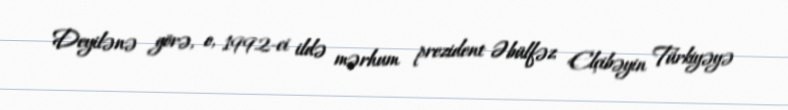
Deyilənə görə, o, 1992-ci ildə mərhum prezident Əbülfəz Elçibəyin Türkiyəyə